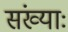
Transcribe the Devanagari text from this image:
संख्याः